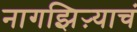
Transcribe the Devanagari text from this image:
नागझिऱ्याचं